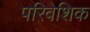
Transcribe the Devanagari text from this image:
परिवेशिक